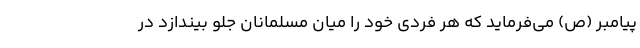
پیامبر (ص) می‌فرماید که هر فردی خود را میان مسلمانان جلو بیندازد در